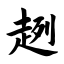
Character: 趔